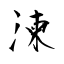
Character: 湅